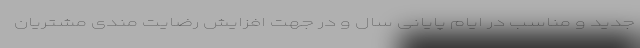
جدید و مناسب در ایام پایانی سال و در جهت افزایش رضایت مندی مشتریان